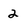
Character: 2